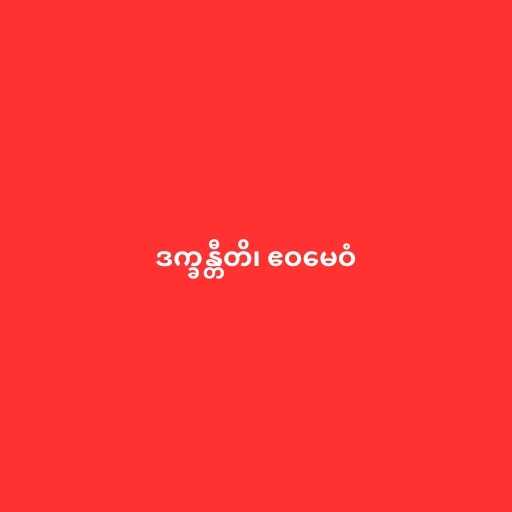
ဒက္ခန္တီတိ၊ ဧဝမေဝံ